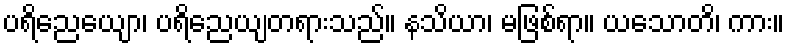
ပရိညေယျော၊ ပရိညေယျတရားသည်။ နသိယာ၊ မဖြစ်ရာ။ ယသောတိ၊ ကား။